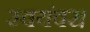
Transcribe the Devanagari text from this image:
स्वयंवर।